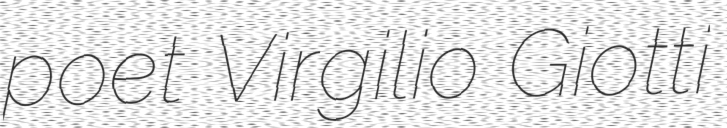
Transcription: poet Virgilio Giotti